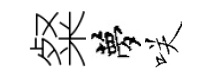
粲夢咲